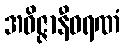
အဝိဇ္ဇာနီဝရဏံ